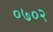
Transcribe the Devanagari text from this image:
०७०२